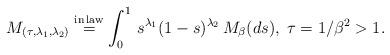
LaTeX: \begin{align*}M_{(\tau,\lambda_1,\lambda_2)} \overset{{\rm in \,law}}{=} \int_0^1 \,s^{\lambda_1}(1-s)^{\lambda_2} \,M_\beta(ds),\; \tau=1/\beta^2>1.\end{align*}